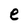
Character: e